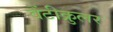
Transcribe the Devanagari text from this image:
वेंटीक्रुलर